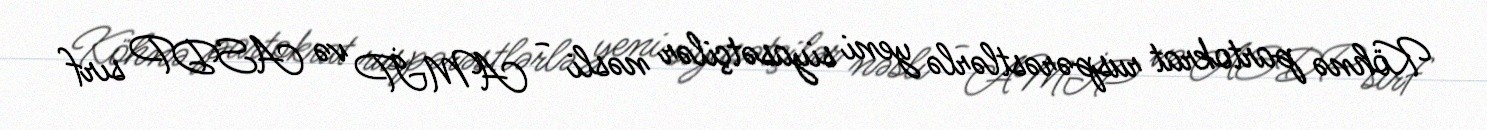
Köhnə partokrat ruspərəstlərlə yeni siyasətçilər nəsli - AMİP və ASDP sırf